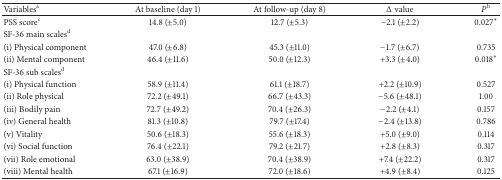
| Variablesa | At baseline (day 1) | At follow-up (day 8) | Δ value | Pb |
 | --- | --- | --- | --- | --- |
 | PSS scorec | 14.8 (±5.0) | 12.7 (±5.3) | −2.1 (±2.2) | 0.027* |
 | SF-36 main scalesd |  |  |  |  |
 | (i) Physical component | 47.0 (±6.8) | 45.3 (±11.0) | −1.7 (±6.7) | 0.735 |
 | (ii) Mental component | 46.4 (±11.6) | 50.0 (±12.3) | +3.3 (±4.0) | 0.018* |
 | SF-36 sub scalesd |  |  |  |  |
 | (i) Physical function | 58.9 (±11.4) | 61.1 (±18.7) | +2.2 (±10.9) | 0.527 |
 | (ii) Role physical | 72.2 (±49.1) | 66.7 (±43.3) | −5.6 (±48.1) | 1.00 |
 | (iii) Bodily pain | 72.7 (±49.2) | 70.4 (±26.3) | −2.2 (±4.1) | 0.157 |
 | (iv) General health | 81.3 (±10.8) | 79.7 (±17.4) | −2.4 (±13.8) | 0.786 |
 | (v) Vitality | 50.6 (±18.3) | 55.6 (±18.3) | +5.0 (±9.0) | 0.114 |
 | (vi) Social function | 76.4 (±22.1) | 79.2 (±21.7) | +2.8 (±8.3) | 0.317 |
 | (vii) Role emotional | 63.0 (±38.9) | 70.4 (±38.9) | +7.4 (±22.2) | 0.317 |
 | (viii) Mental health | 67.1 (±16.9) | 72.0 (±18.6) | +4.9 (±8.4) | 0.125 |